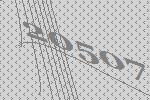
20507